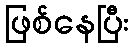
ဖြစ်နေပြီး